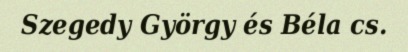
Szegedy György és Béla cs.